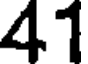
41